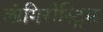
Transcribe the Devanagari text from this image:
लांगिरोस्ट्रिस